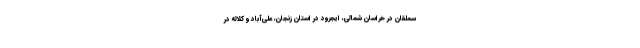
سملقان در خراسان شمالی، ایجرود در استان زنجان، علی‌آباد و کلاله در